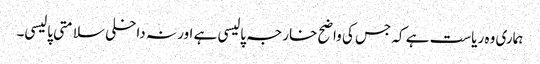
ہماری وہ ریاست ہے کہ جس کی واضح خارجہ پالیسی ہے اور نہ داخلی سلامتی پالیسی۔